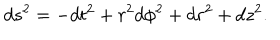
d s ^ { 2 } = - d t ^ { 2 } + r ^ { 2 } d \phi ^ { 2 } + d r ^ { 2 } + d z ^ { 2 } .